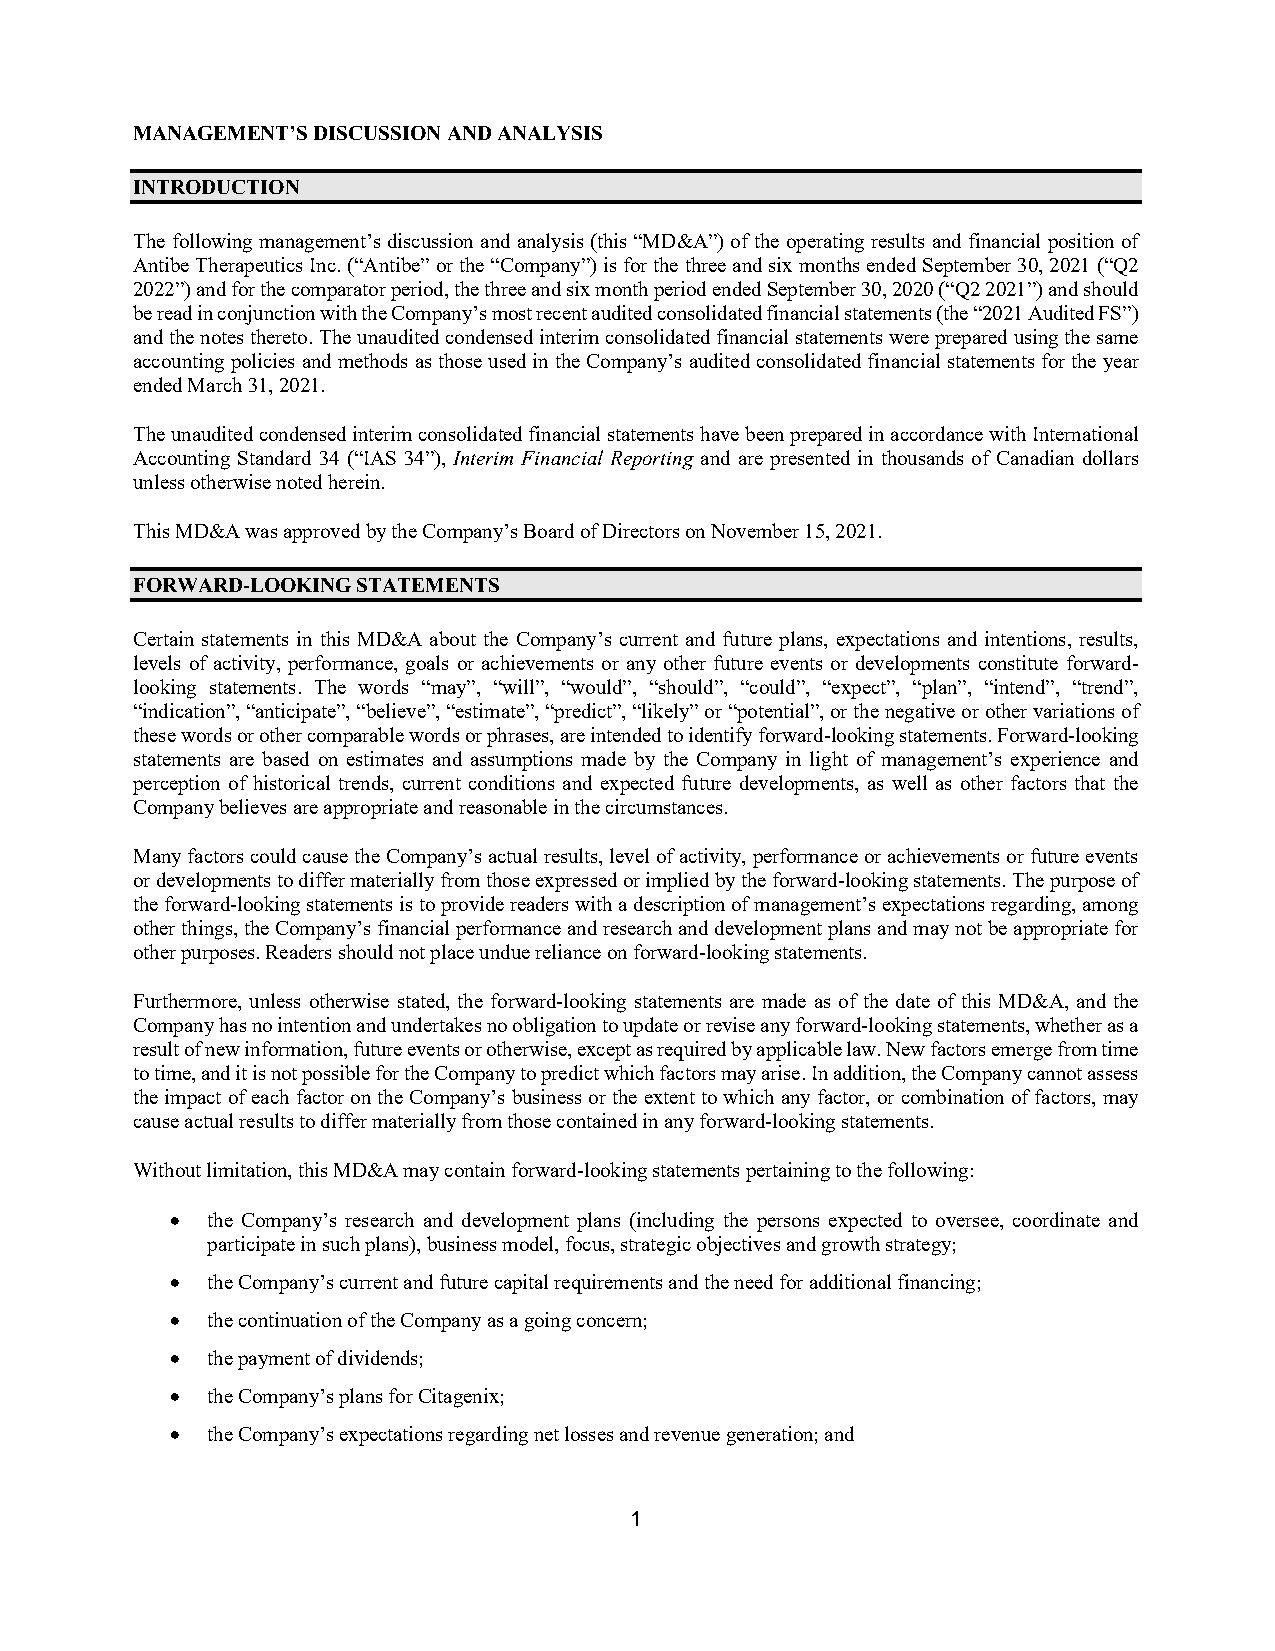
MANAGEMENT’S DISCUSSION AND ANALYSIS
 INTRODUCTION
 The following management’s discussion and analysis (this “MD&A”) of the operating results and financial position of
 Antibe Therapeutics Inc. (“Antibe” or the “Company”) is for the three and six months ended September 30, 2021 (“Q2
 2022”) and for the comparator period, the three and six month period ended September 30, 2020 (“Q2 2021”) and should
 be read in conjunction with the Company’s most recent audited consolidated financial statements (the “2021 Audited FS”)
 and the notes thereto. The unaudited condensed interim consolidated financial statements were prepared using the same
 accounting policies and methods as those used in the Company’s audited consolidated financial statements for the year
 ended March 31, 2021.
 The unaudited condensed interim consolidated financial statements have been prepared in accordance with International
 Accounting Standard 34 (“IAS 34”), Interim Financial Reporting and are presented in thousands of Canadian dollars
 unless otherwise noted herein.
 This MD&A was approved by the Company’s Board of Directors on November 15, 2021.
 FORWARD-LOOKING STATEMENTS
 Certain statements in this MD&A about the Company’s current and future plans, expectations and intentions, results,
 levels of activity, performance, goals or achievements or any other future events or developments constitute forward-
 looking statements. The words “may”, “will”, “would”, “should”, “could”, “expect”, “plan”, “intend”, “trend”,
 “indication”, “anticipate”, “believe”, “estimate”, “predict”, “likely” or “potential”, or the negative or other variations of
 these words or other comparable words or phrases, are intended to identify forward-looking statements. Forward-looking
 statements are based on estimates and assumptions made by the Company in light of management’s experience and
 perception of historical trends, current conditions and expected future developments, as well as other factors that the
 Company believes are appropriate and reasonable in the circumstances.
 Many factors could cause the Company’s actual results, level of activity, performance or achievements or future events
 or developments to differ materially from those expressed or implied by the forward-looking statements. The purpose of
 the forward-looking statements is to provide readers with a description of management’s expectations regarding, among
 other things, the Company’s financial performance and research and development plans and may not be appropriate for
 other purposes. Readers should not place undue reliance on forward-looking statements.
 Furthermore, unless otherwise stated, the forward-looking statements are made as of the date of this MD&A, and the
 Company has no intention and undertakes no obligation to update or revise any forward-looking statements, whether as a
 result of new information, future events or otherwise, except as required by applicable law. New factors emerge from time
 to time, and it is not possible for the Company to predict which factors may arise. In addition, the Company cannot assess
 the impact of each factor on the Company’s business or the extent to which any factor, or combination of factors, may
 cause actual results to differ materially from those contained in any forward-looking statements.
 Without limitation, this MD&A may contain forward-looking statements pertaining to the following:
 •  the Company’s research and development plans (including the persons expected to oversee, coordinate and
 participate in such plans), business model, focus, strategic objectives and growth strategy;
 •  the Company’s current and future capital requirements and the need for additional financing;
 •  the continuation of the Company as a going concern;
 •  the payment of dividends;
 •  the Company’s plans for Citagenix;
 •  the Company’s expectations regarding net losses and revenue generation; and
 1